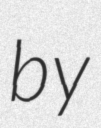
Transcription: by